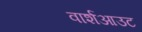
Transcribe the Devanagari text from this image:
वार्शआउट